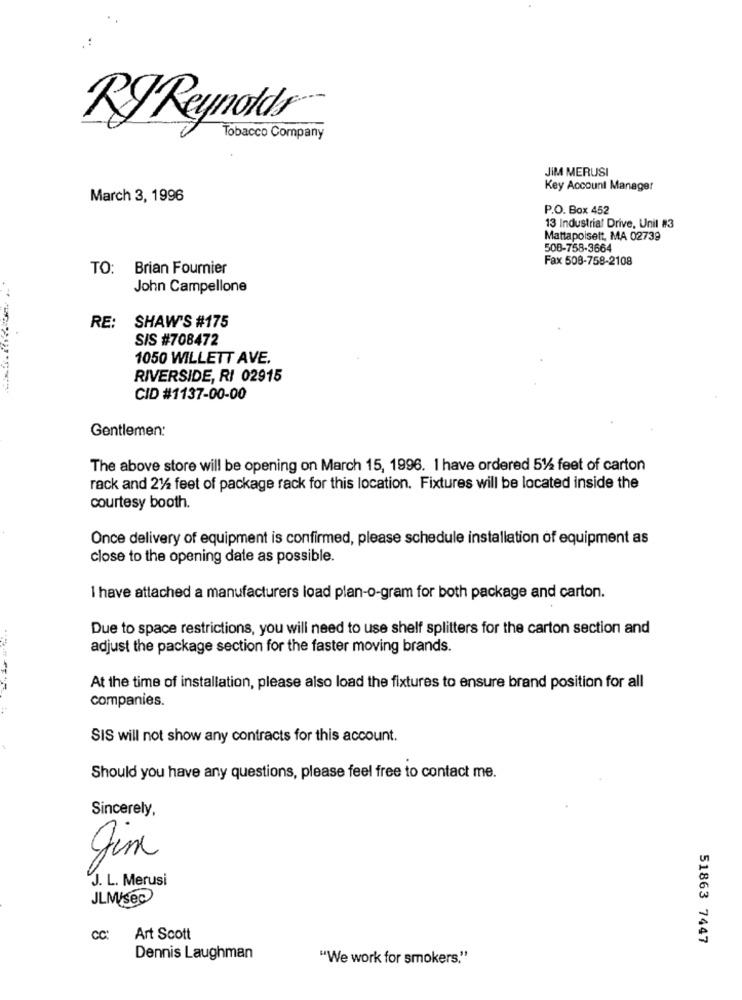
RJ Reynolds
Tobacco Company
JIM MERUSI
Key Account Manager
March 3, 1996
P.O. Box 452
13 Industrial Drive, Unil #3
Mattapoisett, MA 02739
508-758-3664
Fax 508-758-2108
TO: Brian Fournier
John Campellone
RE:
SHAW'S #175
SIS #708472
1050 WILLETT AVE.
RIVERSIDE, RI 02915
CID #1137-00-00
Gentlemen:
The above store will be opening on March 15, 1996. I have ordered 51/4 feet of carton
rack and 21/4 feet of package rack for this location. Fixtures will be located inside the
courtesy booth.
Once delivery of equipment is confirmed, please schedule installation of equipment as
close to the opening date as possible.
I have attached a manufacturers load plan-o-gram for both package and carton.
Due to space restrictions, you will need to use shelf splitters for the carton section and
adjust the package section for the faster moving brands.
At the time of installation, please also load the fixtures to ensure brand position for all
companies.
SIS will not show any contracts for this account.
Should you have any questions, please feel free to contact me.
Sincerely,
Jim
J. L. Merusi
JLM/sec
CC:
Art Scott
51863 7447
Dennis Laughman
"We work for smokers."